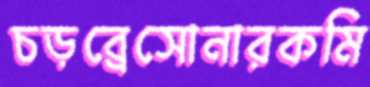
চড়ব্রেসোনারকমি